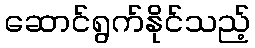
ဆောင်ရွက်နိုင်သည့်